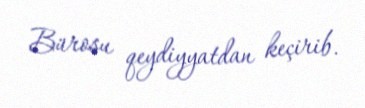
Bürosu qeydiyyatdan keçirib.